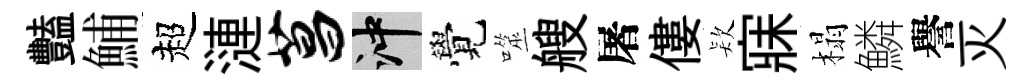
豔鯆超漣菖冲覺噬艘屠僂𣣇寐榻鱗譽灭